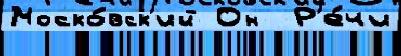
Моско́вск'ий Он  Р'е́чи